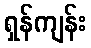
ရှန်ကျန်း